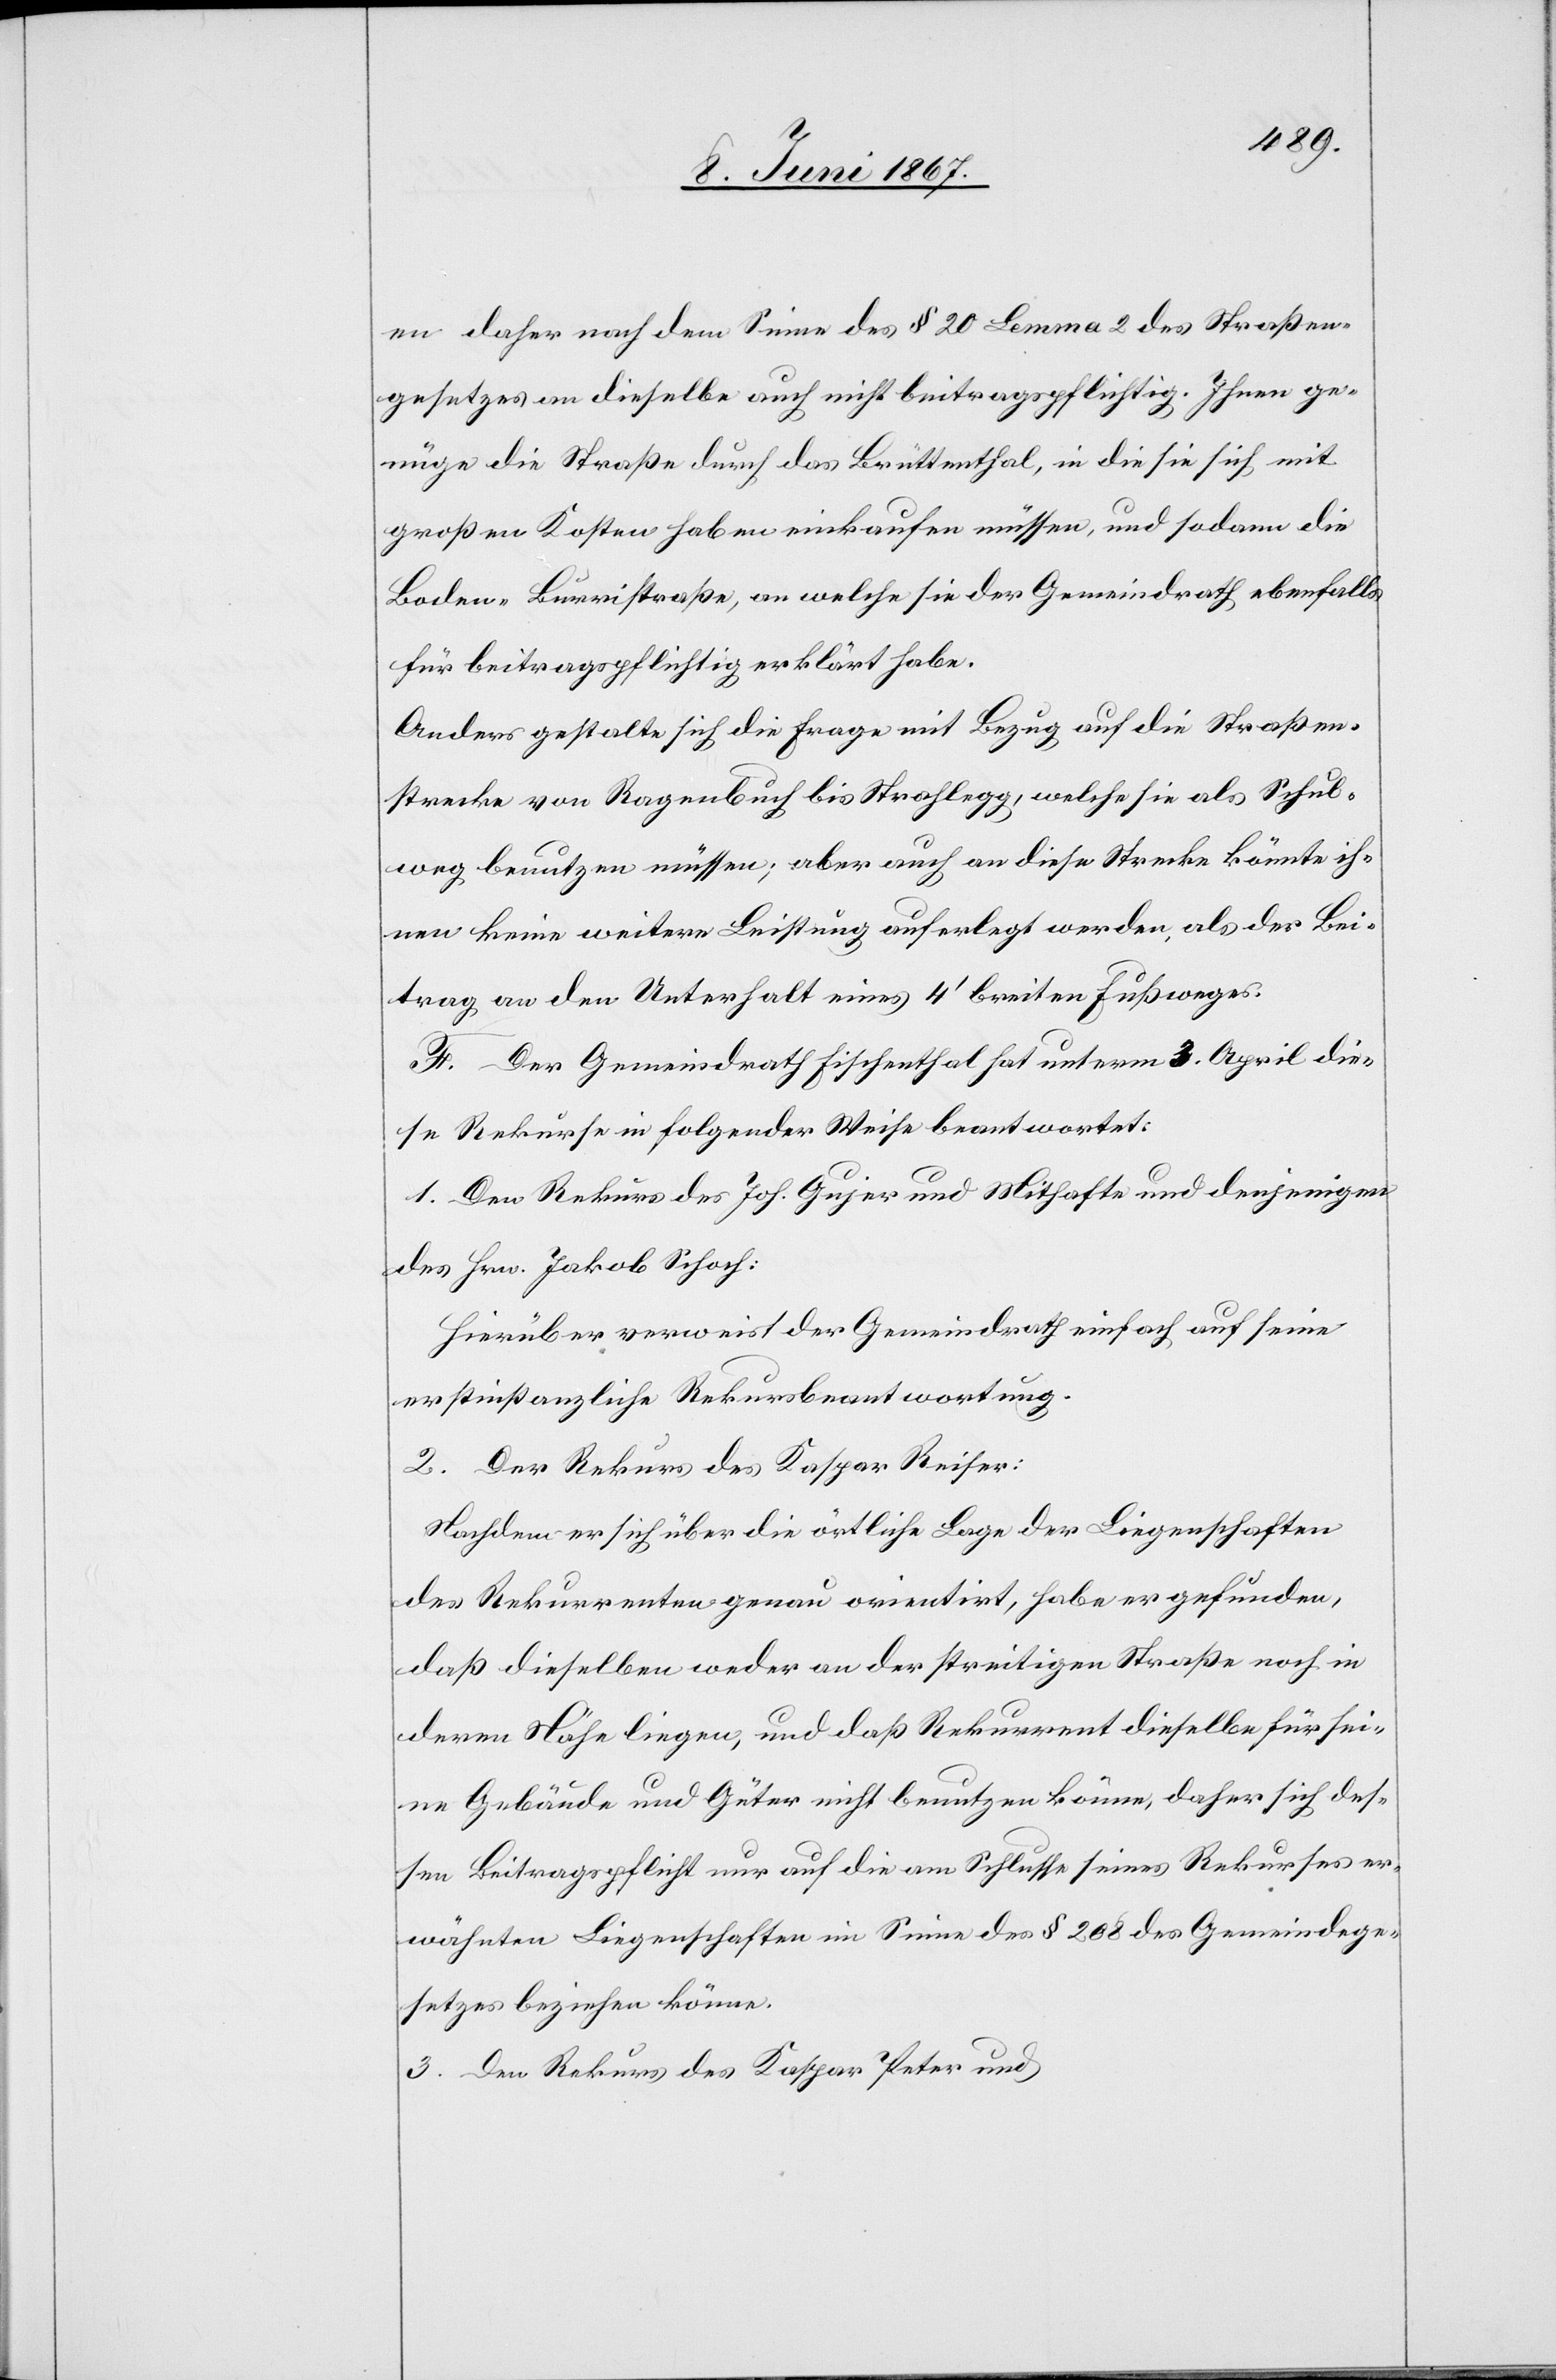
en daher nach dem Sinne des § 20 Lemma 2 des Straßen¬
gesetzes an dieselbe auch nicht beitragspflichtig. Ihnen ge¬
nüge die Straße durch das Brüttenthal, in die sie sich mit
großen Kosten haben einkaufen müssen, und sodann die
Boden-Burristraße, an welche sie der Gemeindrath ebenfalls
für beitragspflichtig erklärt habe.
Anders gestalte sich die Frage mit Bezug auf die Straßen¬
strecke von Rogenbuch bis Strahlegg, welche sie als Schub¬
weg benutzen müssen; aber auch an diese Strecke könnte ih¬
nen keine weitere Leistung auferlegt werden, als der Bei¬
trag, an den Unterhalt eines 4’ breiten Fußweges.
F. Der Gemeindrath Fischenthal hat unterm 3. April die¬
se Rekurse in folgender Weise beantwortet:
1. Dem Rekurs des Joh. Gujer und Mithafte und derjenigen
des Hrn. Jakob Schoch:
Hierüber verweist der Gemeindrath einfach auf seine
erstinstanzliche Rekursbeantwortung.
2. Der Rekurs des Kaspar Reiser:
Nachdem er sich über die örtliche Lager der Liegenschaften
des Rekurrenten genau orientirt, habe er gefunden,
daß dieselben weder an der streitigen Straße noch in
deren Nähe liegen, und daß Rekurrent dieselbe für sei¬
ne Gebäude und Güter nicht benutzen könne, daher sich des¬
sen Beitragspflicht nur auf die am Schlusse seines Rekurses er¬
wähnten Liegenschaften im Sinne des § 208 des Gemeindege¬
setzes beziehen könne.
3. Den Rekurs des Kaspar Peter und